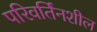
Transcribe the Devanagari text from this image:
परिवर्तिनशील